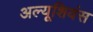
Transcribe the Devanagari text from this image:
अल्यूशियंस